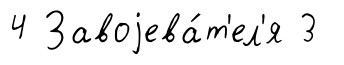
4 Завоjева́т'ел'я 3